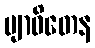
ဗျာဓိတေန